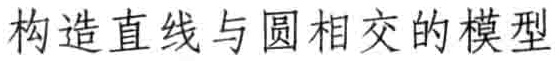
构造直线与圆相交的模型